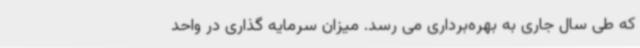
که طی سال جاری به بهره‌برداری می رسد. میزان سرمایه گذاری در واحد